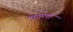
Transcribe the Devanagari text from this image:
लूव्रला